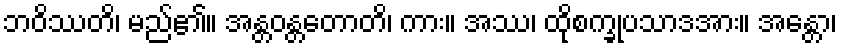
ဘဝိဿတိ၊ မည်၏။ အန္တဝန္တတောတိ၊ ကား။ အဿ၊ ထိုစက္ခုပသာဒအား။ အန္တော၊